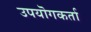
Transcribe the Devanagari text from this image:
उपयॊगकर्ता